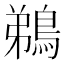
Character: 鵜